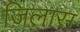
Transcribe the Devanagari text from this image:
ज़िलास